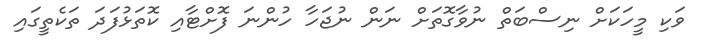
ވަކި މީހަކަށް ނިސްބަތް ނުވާގޮތަށް ނަން ނުޖަހާ ހުންނަ ފޮށްޓާއި ކޮތަޅުފަދަ ތަކެތީގައި